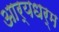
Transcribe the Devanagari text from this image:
आर्यधर्म